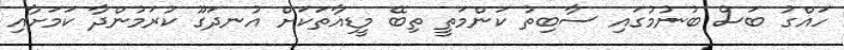
ހައްގު ބަސް ބުނުމުގައި ސާބިތު ކަންމަތީ ތިބޭ މީޑިއާތަކަށް އުނދަގޫ ކުރަމުންދާ ކަމަށާއި